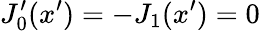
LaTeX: J_{0}^{\prime}(x^{\prime})=-J_{1}(x^{\prime})=0